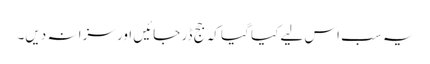
یہ سب اس لیے کیا گیا کہ جج ڈر جائیں اور سزا نہ دیں۔